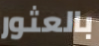
بالعثور